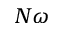
N \omega